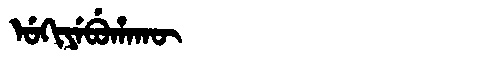
Manchu: ᡠᡴᡳᠶᡝᠪᡠᡥᠠᡴᡡ
Romanization: UKIYEBUHAKŪ